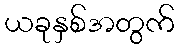
ယခုနှစ်အတွက်